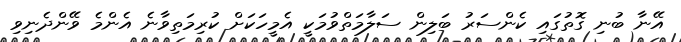
އޭނާ ބުނި ގޮތުގައި ކެންސަރު ބަލިން ސަލާމަތްވުމަކީ އެމީހަކަށް ކުރިމަތިވާނެ އެންމެ ވޭންދެނިވި